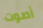
أصوت